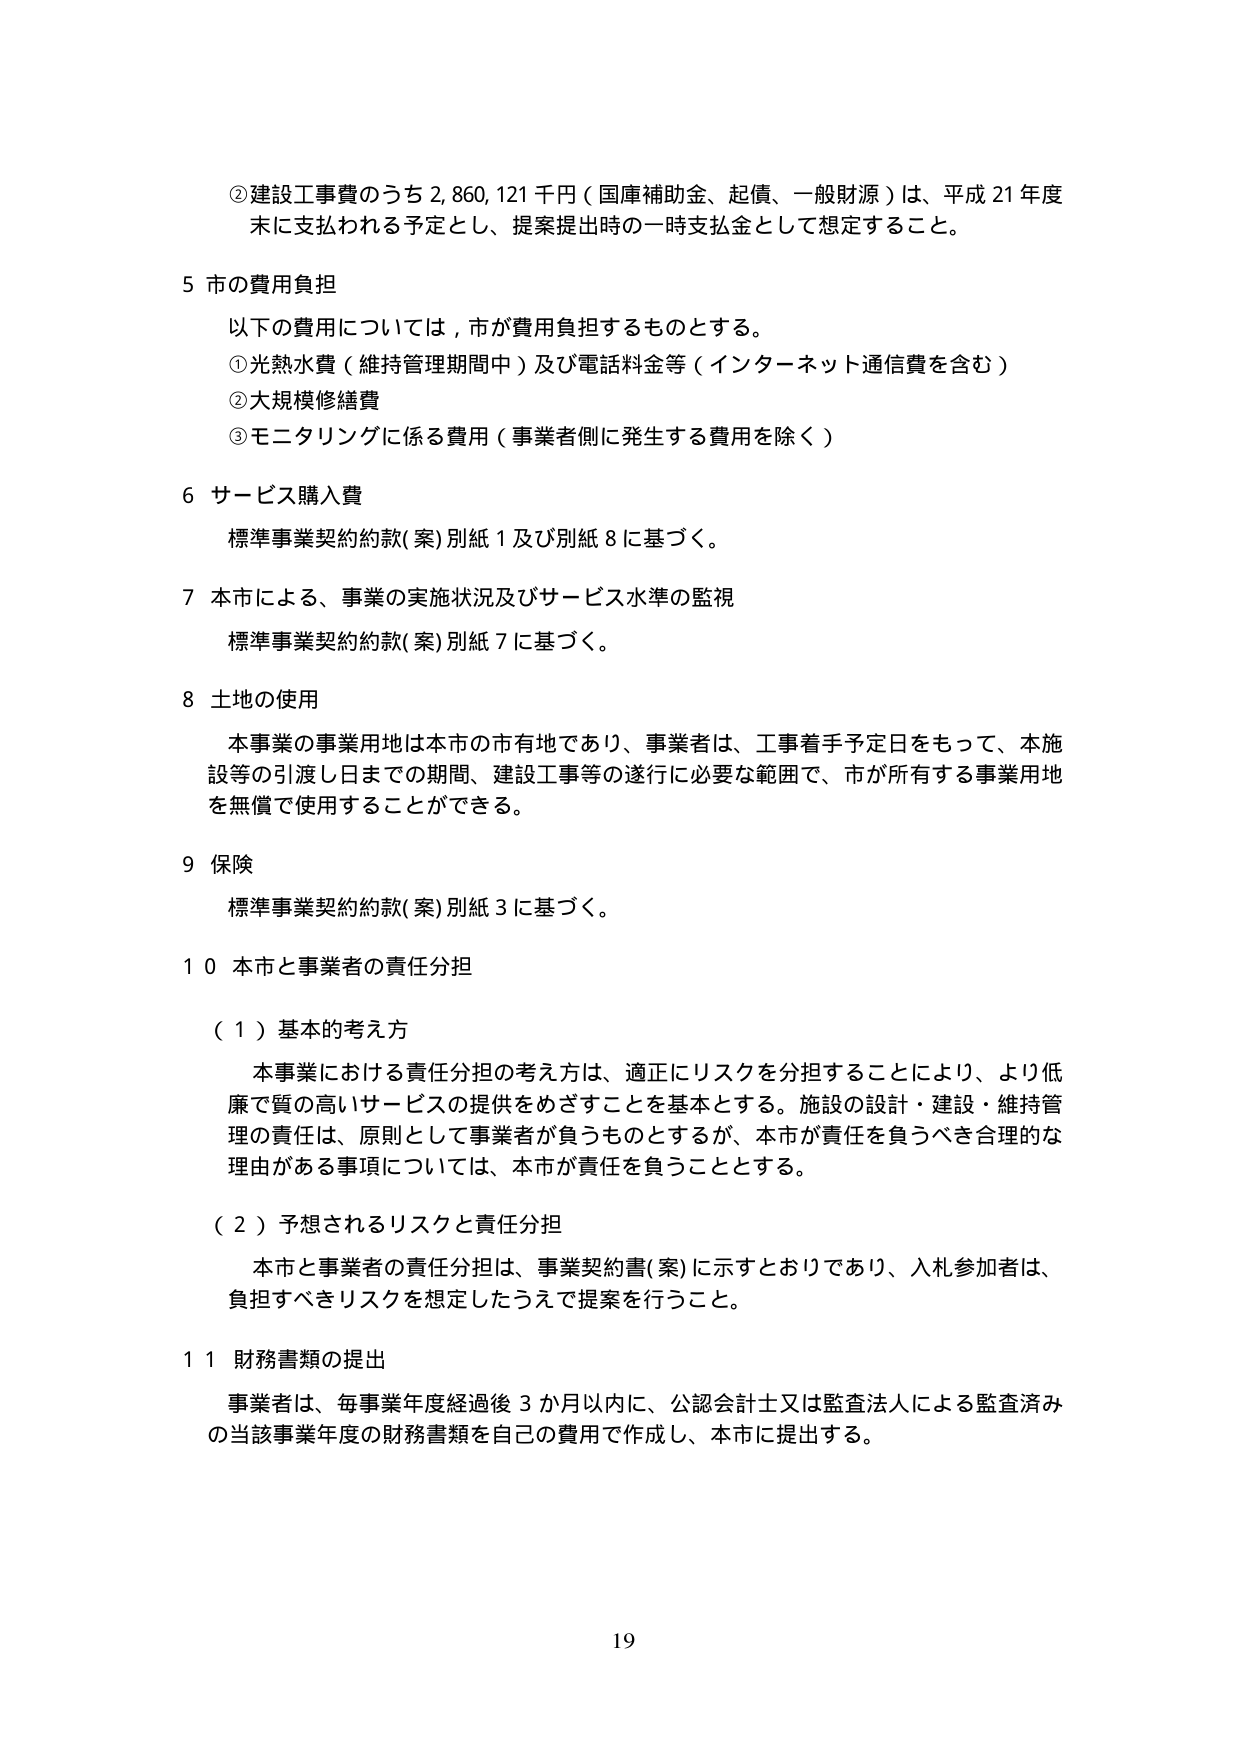
②建設工事費のうち2,860,121千円（国庫補助金、起債、一般財源）は、平成21年度末に支払われる予定とし、提案提出時の⼀時⽀払⾦として想定すること。

5 市の費用負担
以下の費用については、市が費用負担するものとする。
①光熱水費（維持管理期間中）及び電話料金等（インターネット通信費を含む）
②大規模修繕費
③モニタリングに係る費用（事業者側に発生する費用を除く）

6 サービス購入費
標準事業契約約款(案)別紙1及び別紙8に基づく。

7 本市による、事業の実施状況及びサービス水準の監視
標準事業契約約款(案)別紙7に基づく。

8 土地の使用
本事業の事業用地は本市の市有地であり、事業者は、工事着手予定日をもって、本施設等の引渡し日までの期間、建設工事等の遂行に必要な範囲で、市が所有する事業用地を無償で使用することができる。

9 保険
標準事業契約約款(案)別紙3に基づく。

10 本市と事業者の責任分担
（1）基本的考え方
本事業における責任分担の考え方は、適正にリスクを分担することにより、より低廉で質の高いサービスの提供をめざすことを基本とする。施設の設計・建設・維持管理の責任は、原則として事業者が負うものとするが、本市が責任を負うべき合理的な理由がある事項については、本市が責任を負うこととする。

（2）予想されるリスクと責任分担
本市と事業者の責任分担は、事業契約書(案)に示すとおりであり、入札参加者は、負担すべきリスクを想定したうえで提案を行うこと。

11 財務書類の提出
事業者は、毎事業年度経過後3か月以内に、公認会計士又は監査法人による監査済みの当該事業年度の財務書類を自己の費用で作成し、本市に提出する。

19